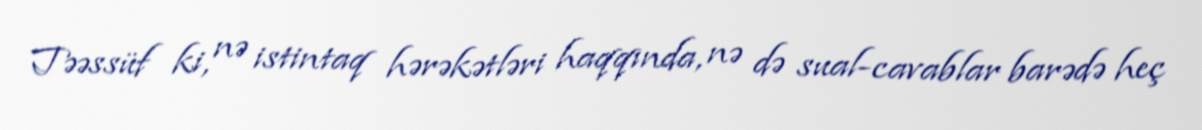
Təəssüf ki, nə istintaq hərəkətləri haqqında, nə də sual-cavablar barədə heç